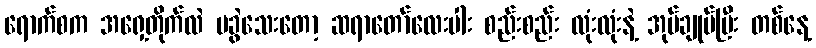
ရောက်စက အရှေ့တိုက်လဲ မခွဲသေးတော့ ဆရာတော်လေးပါး စည်းစည်း လုံးလုံးနဲ့ အုပ်ချုပ်ပြီး တစ်နေ့